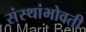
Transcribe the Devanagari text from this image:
संस्थांभोवती